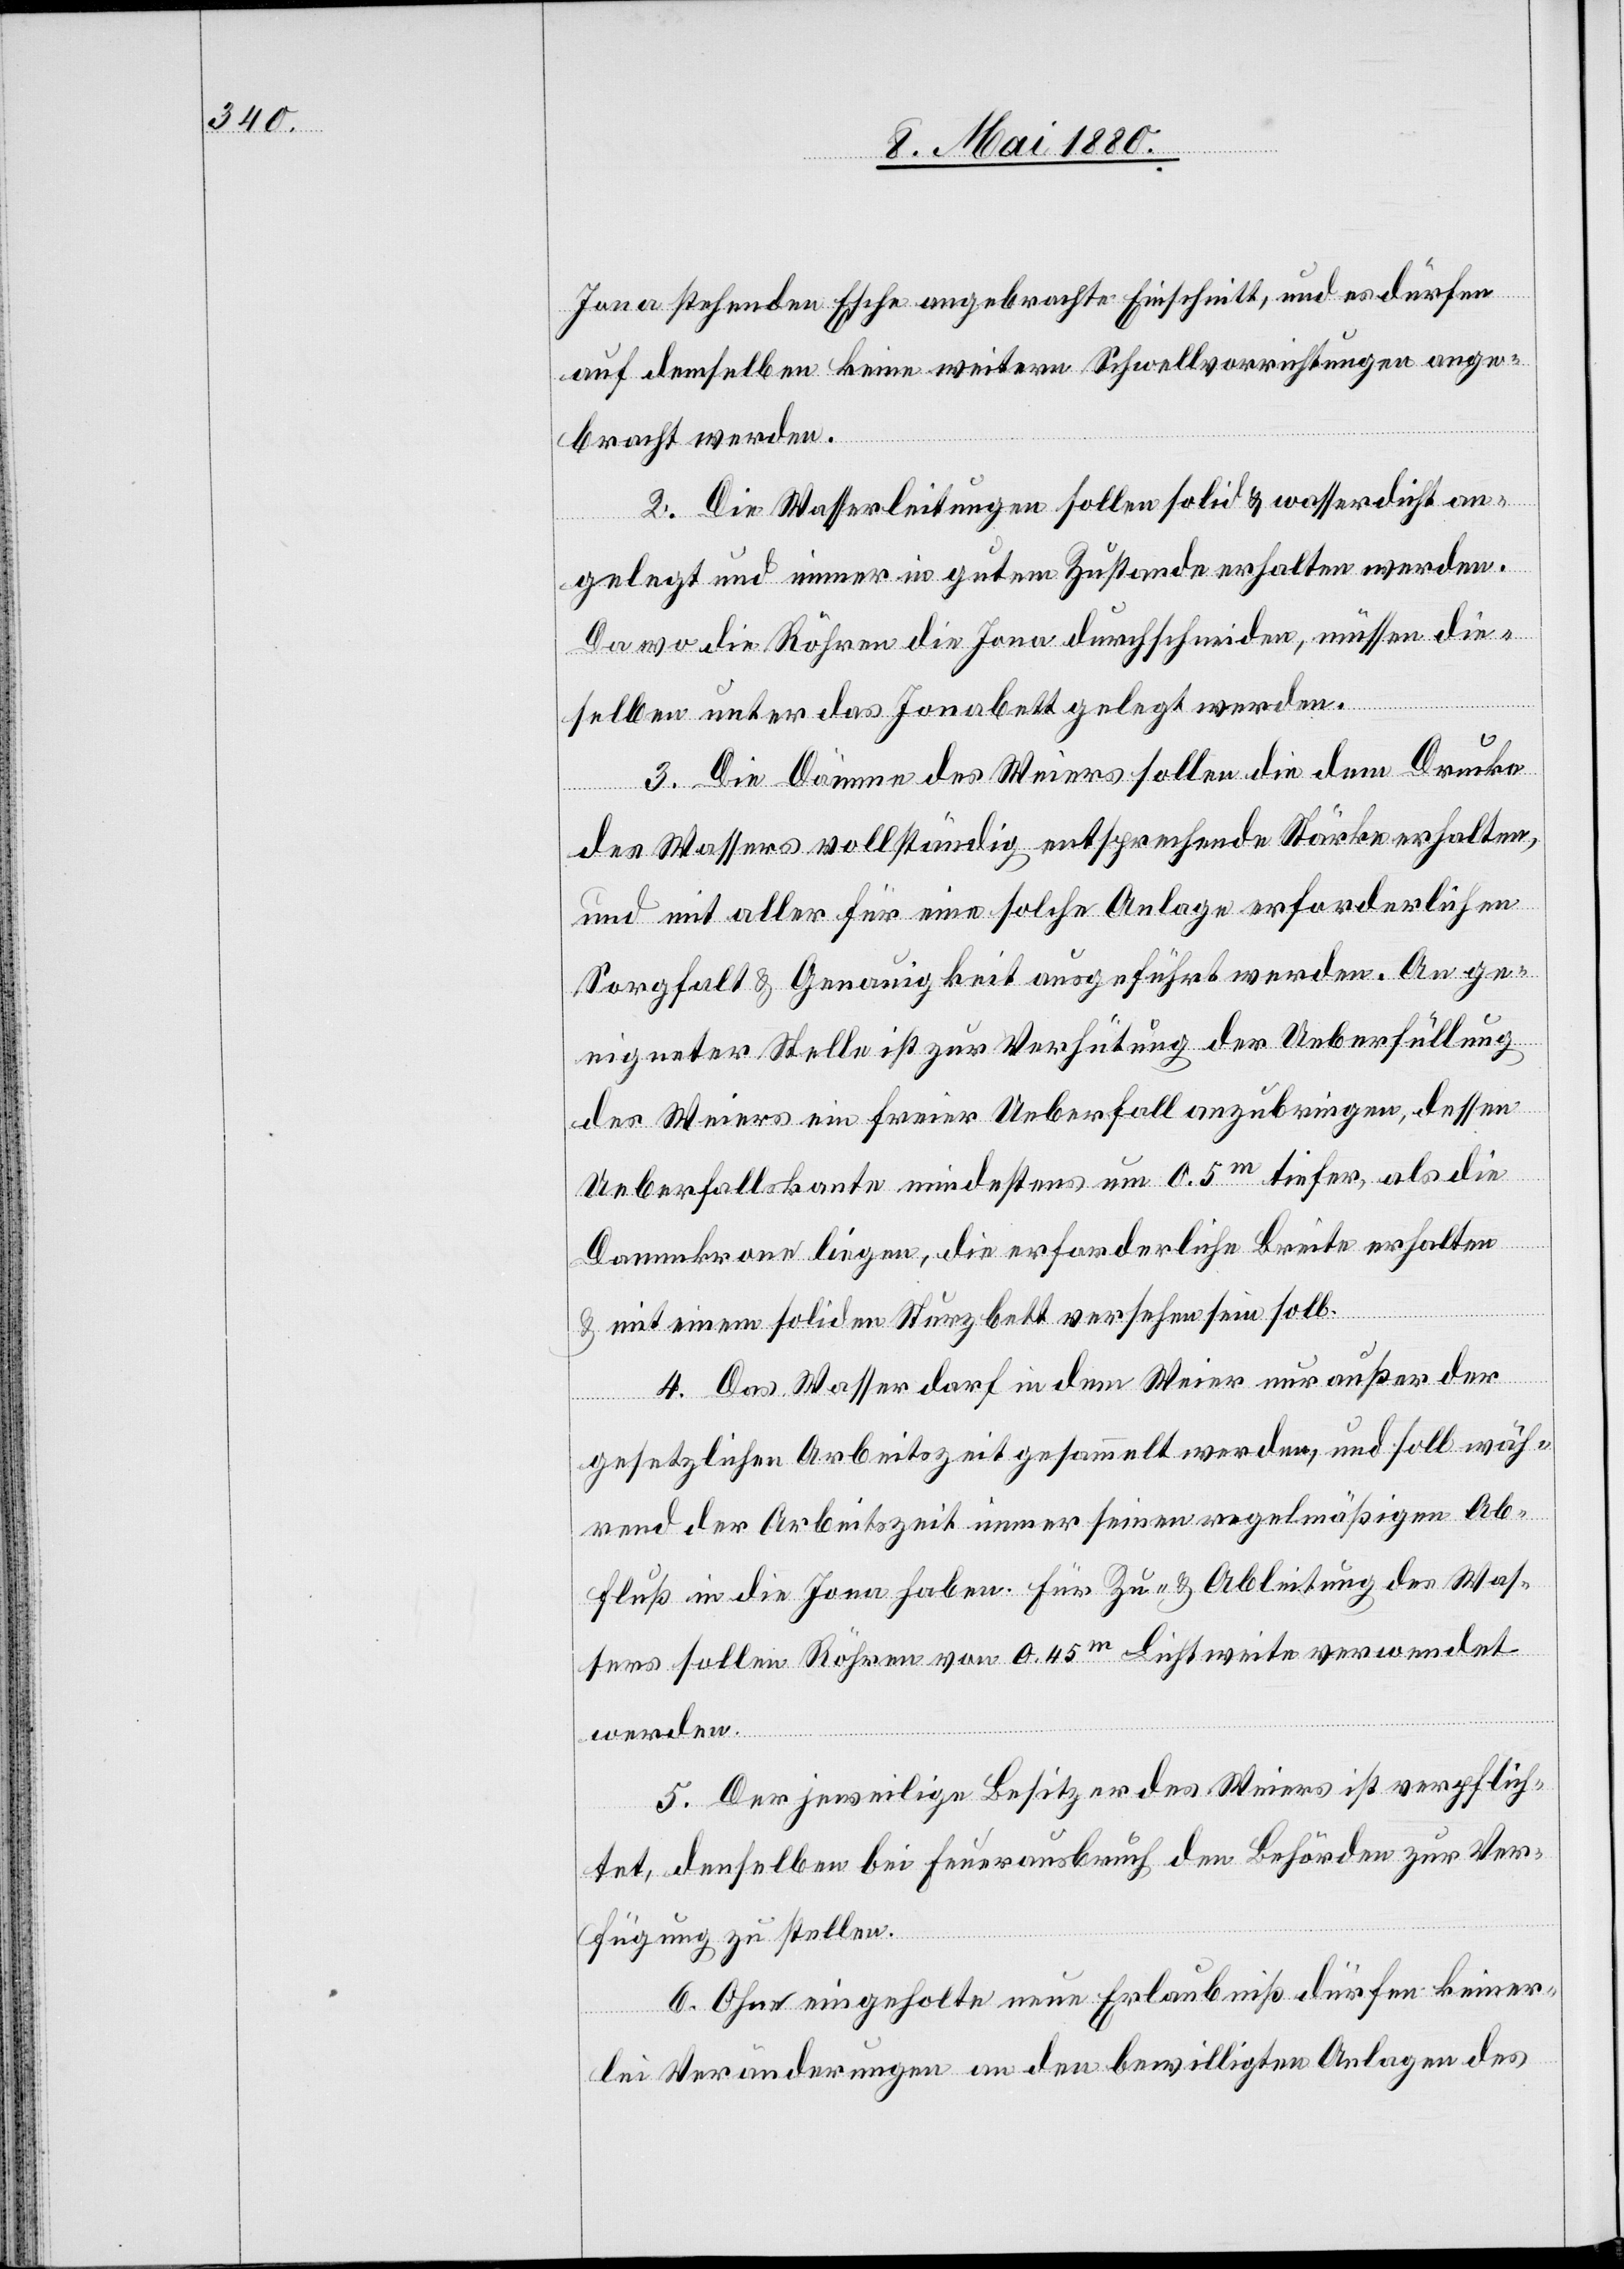
Jona stehenden Esche angebrachte Einschnitt, und es dürfen
auf demselben keine weitern Schwellvorrichtungen ange¬
bracht werden.
2. Die Wasserleitungen sollen solid & wasserdicht an¬
gelegt und immer in gutem Zustande erhalten werden.
3. Die Dämme des Weiers sollen die dem Drucke
des Wassers vollständig entsprechende Stärke erhalten,
und mit aller für eine solche Anlage erforderlichen
Sorgfalt & Genauigkeit ausgeführt werden. An ge¬
eigneter Stelle ist zur Verhütung der Ueberfüllung
des Weiers ein freier Ueberfall anzubringen, dessen
Ueberfallskante mindestens um 0.5m tiefer, als die
Dammkrone liegen, die erforderliche Breite erhalten
& mit einem soliden Sturzbett versehen sein soll.
4. Das Wasser darf in dem Weier nur außer der
gesetzlichen Arbeitszeit gesammelt werden, und soll wäh¬
rend der Arbeitszeit immer seinen regelmäßigen Ab¬
fluß in die Jona haben. Für Zu- & Ableitung des Was¬
sers sollen Röhren von 0.45m Lichtweite verwendet
werden.
5. Der jeweilige Besitzer des Weiers ist verpflich¬
tet, denselben bei Feuerausbruch den Behörden zur Ver¬
fügung zu stellen.
6. Ohne eingeholte neue Erlaubniß dürfen keiner¬
lei Veränderungen an den bewilligten Anlagen des